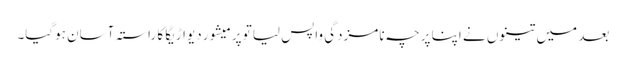
بعد میں تینوں نے اپنا پرچہ نامزدگی واپس لیاتو پرمیشور دیواڑیگا کا راستہ آسان ہوگیا۔